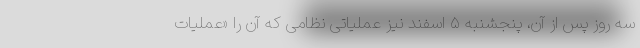
سه روز پس از آن، پنجشنبه ۵ اسفند نیز عملیاتی نظامی که آن را «عملیات